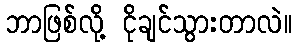
ဘာဖြစ်လို့ ငိုချင်သွားတာလဲ။